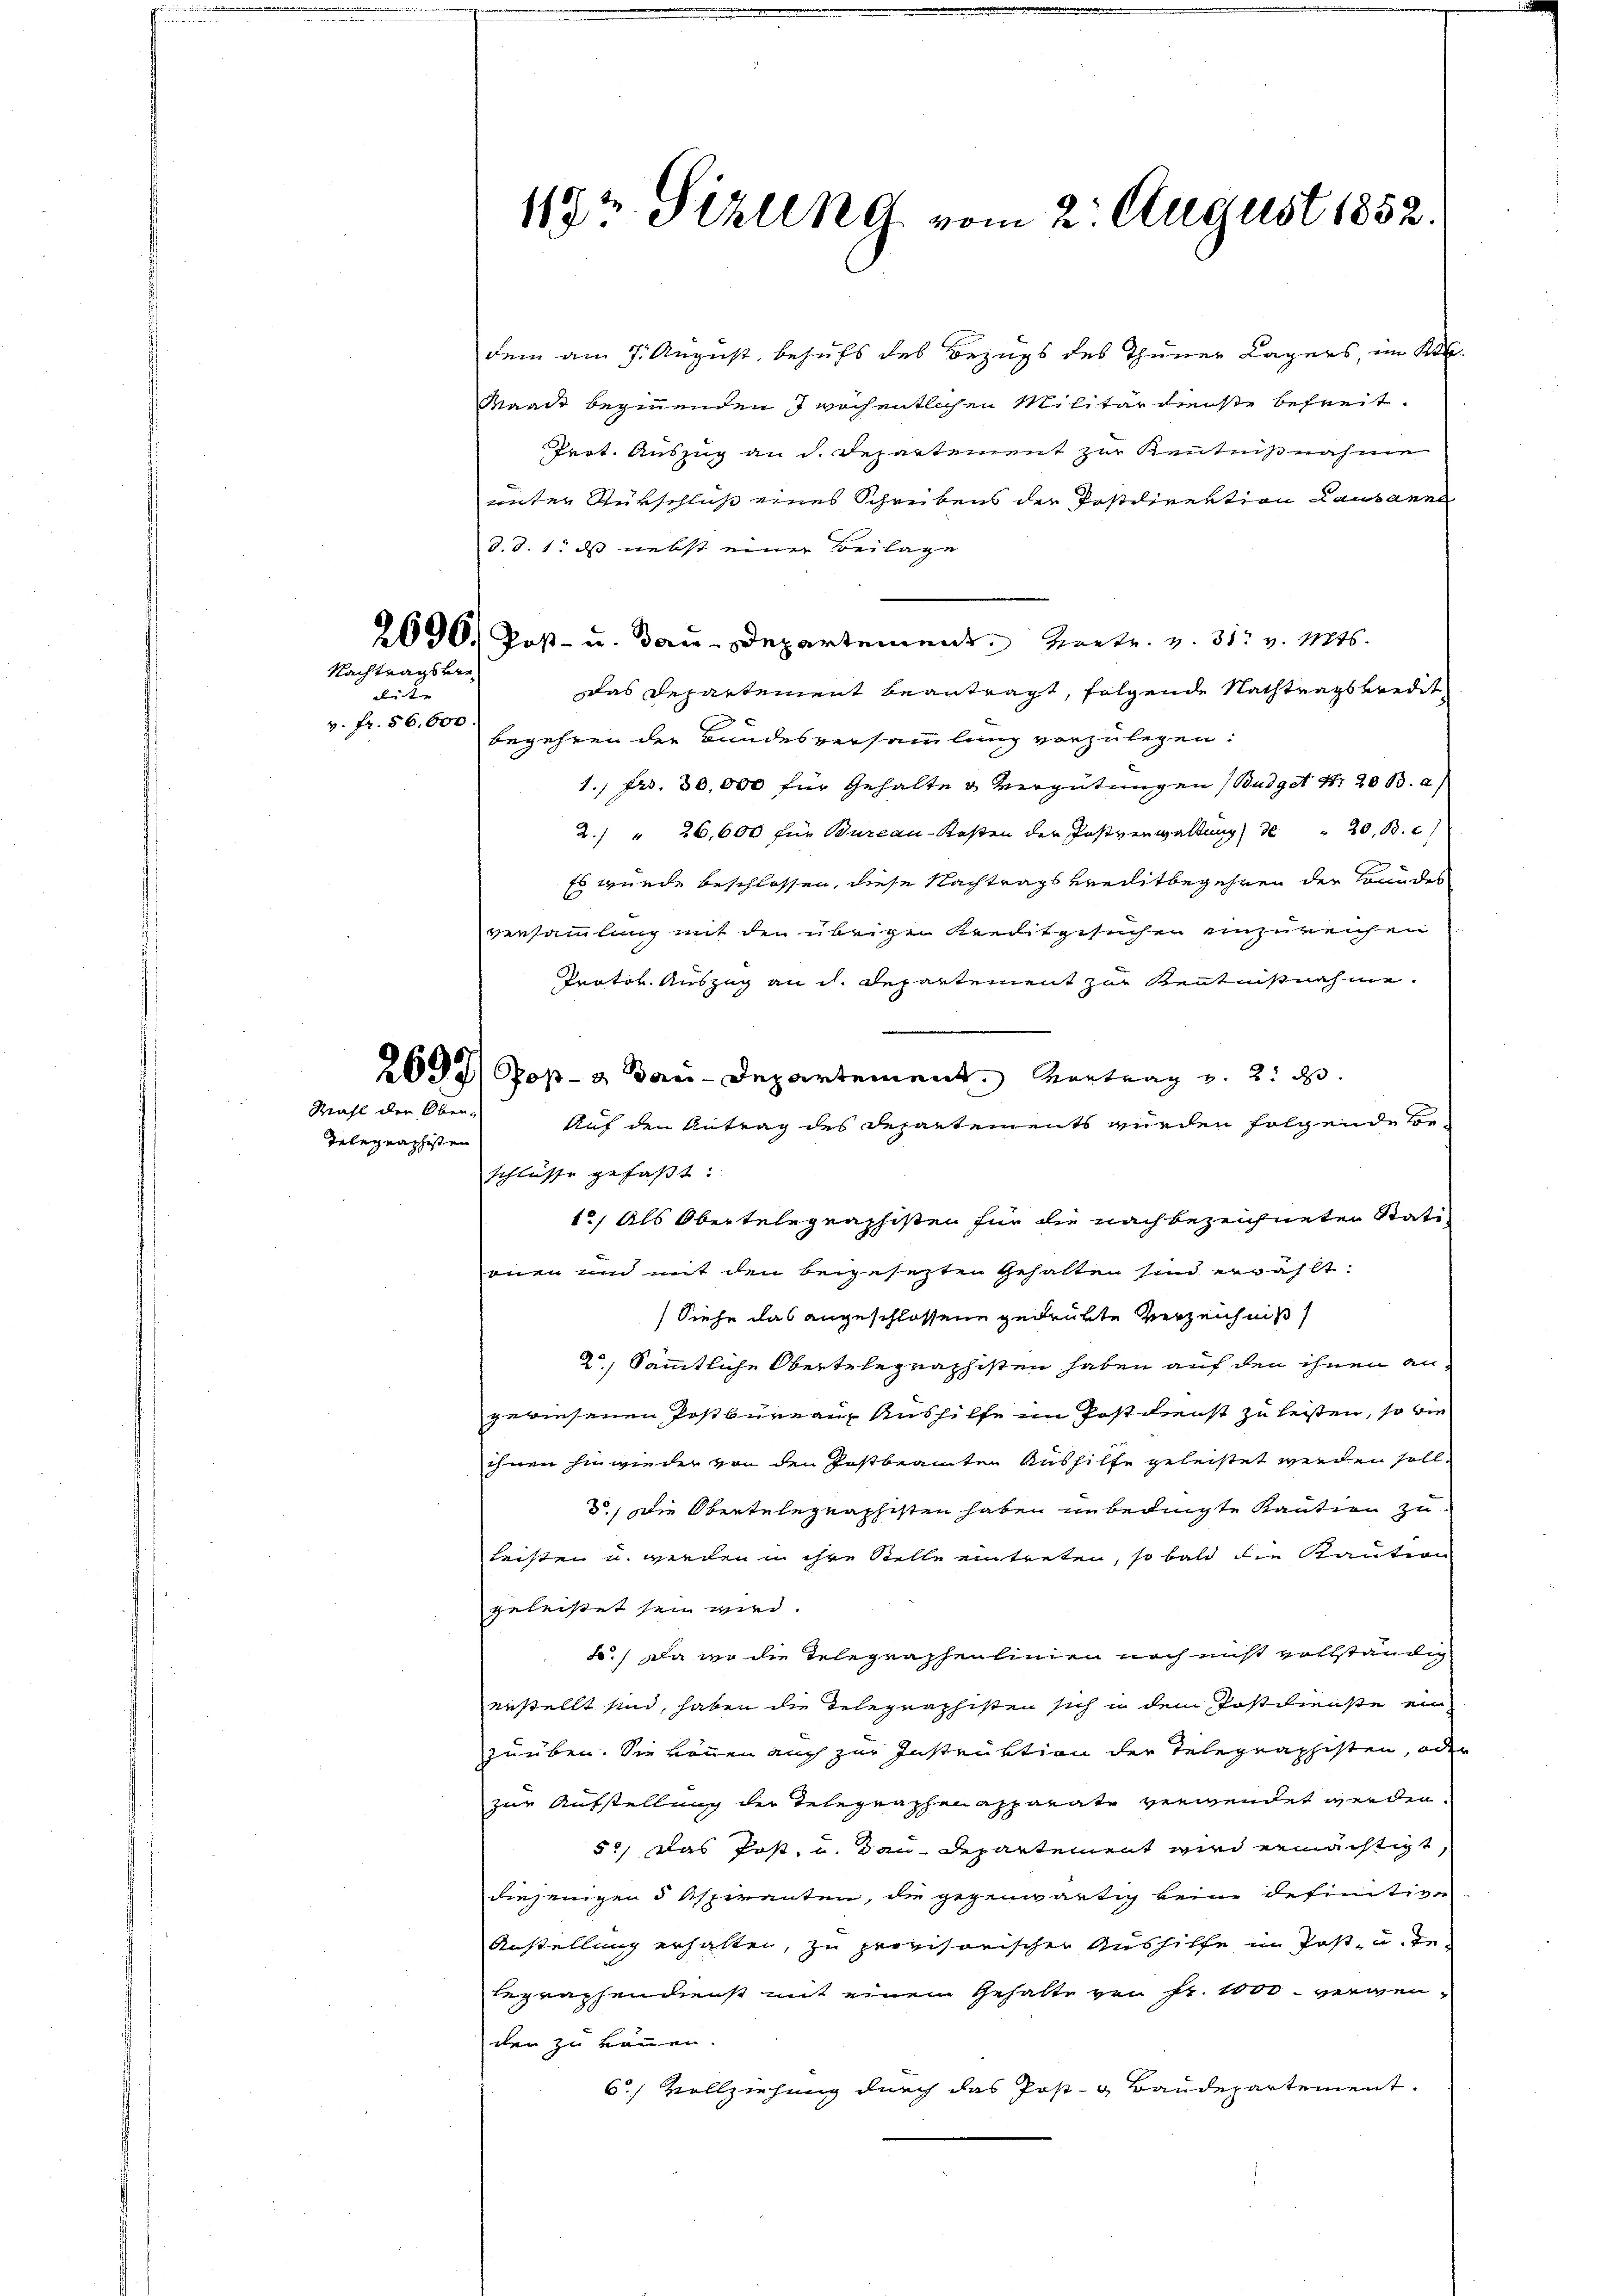
x
v. fr. 56,000.

Telegraphisten

dem am 7. August, behufs des Bezugs des Thuner Lagers, im Kt.
Waadt beginnenden I wöchentlichen Militärdienste befreit.
Trot. Auszug an dh. Departement zur Kenntnißnahme
unter Rükschluß eines Schreibens der Postdirektion Lausanne
d.d. 1. ds nebst einer Beilage
2090. Post- u. Bau-Departement Petr. v. 31. v. Mts.
das Departement beantragt, folgende Nachtragskredit
begehren der Bundesversammlung vorzulegen:
1., Fr. 30,000 für Gehalte & Vergütungen (Büdget Nr. 20 B. a/
2. " 26,600 für Bureau-Kosten der Postverwaltung) 3 " 20, Bd. c)
Es wurde beschlossen, diese Nachtrags verditbegehren der Grundes
versammlung mit den übrige Kreditgesuchen unzureichen
Protok. Auszag an d. Departement zur Kenntnißnahme.
e
2044 Pop- & Bau-Departement Contrag u. 2. d.
Auf den Antrag des Departements wurden folgende Be-
schlüsse gefaßt:
12) Als Obertelegraphisten für die nach bezeichneten Stationen und mit den beigesetzten Gehalten sind erwählt:
Siehe das angeschlossene gedrukte Verzeichnis
2, Sämmtliche Obertelegraphisten haben auf den ihnen an-
gewiesenen Postbüreaux Aushilfe im Postdienst zu leisten, so wie
ihnen hinwieder von den Postbeamten Aushilfe geleistet werden soll.
d.) Die Obertelegraphisten haben unbedingte Kaution zu
leisten u. werden in ihre Stelle eintreten, so bald die Kaution
geleistet sein wird.
F.) Da wo die Telegraphenlinien noch nicht vollständig
anstellt sind, haben die Telegraphisten sich in dem Postdienste ein
zuüben. Sie können auch zur Instruktion der Telegraphisten, oder
zur Aufstellung der Telegraphenapparate verwendet werden.
50, das Post, u. dan Departement wird ermächtigt,
diejenigen 5 Aspiranten, die gegenwärtig keine definitive
Anstellung erhalten, zu provisorischer Aushilfe in Post- u. ge-
begraphendienst mit einem Gehalte von Fr. 1000. verweiden zu können.
6.) Vollziehung durch das Post- & Baudepartement.

Nachtragsver¬

Mahl der Ober-

119 Sizung vom 2. August 1852.